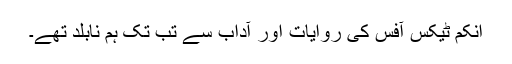
اِنکم ٹیکس آفس کی روایات اور آداب سے تب تک ہم نابلد تھے۔